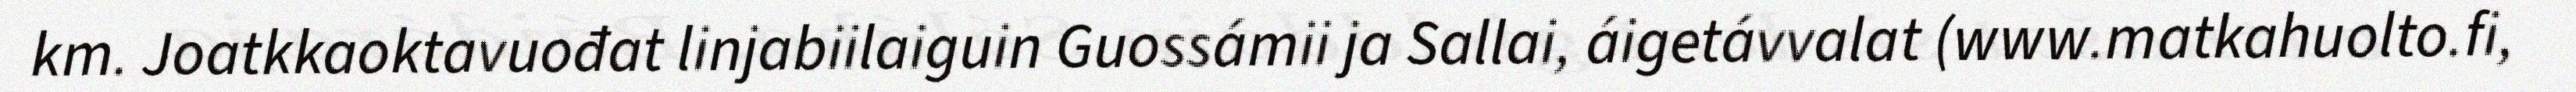
km. Joatkkaoktavuođat linjabiilaiguin Guossámii ja Sallai, áigetávvalat (www.matkahuolto.fi,